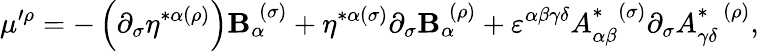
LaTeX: \mu^{\prime\rho}=-\left(\partial_{\sigma}\eta^{*\alpha(\rho)}\right)\mathbf{B}_{\alpha}^{\; (\sigma)}+\eta^{*\alpha(\sigma)}\partial_{\sigma}\mathbf{B}_{\alpha}^{\; (\rho)}+\varepsilon^{\alpha\beta\gamma\delta}A_{\alpha\beta}^{*\; \; (\sigma)}\partial_{\sigma}A_{\gamma\delta}^{*\; \; (\rho)},